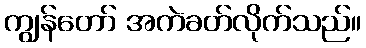
ကျွန်တော် အကဲခတ်လိုက်သည်။